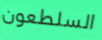
السلطعون